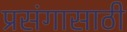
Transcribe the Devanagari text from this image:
प्रसंगासाठी